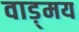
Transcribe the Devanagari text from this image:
वाड़्मय